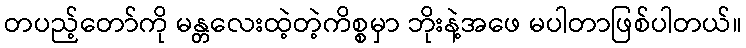
တပည့်တော်ကို မန္တလေးထဲ့တဲ့ကိစ္စမှာ ဘိုးနဲ့အဖေ မပါတာဖြစ်ပါတယ်။